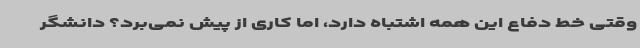
وقتی خط دفاع این همه اشتباه دارد، اما کاری از پیش نمی‌برد؟ دانشگر